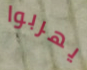
يهربوا